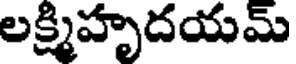
లక్ష్మిహృదయమ్